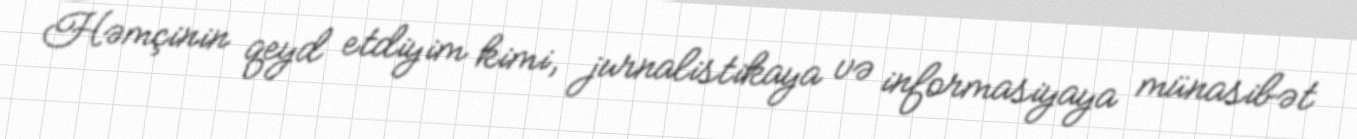
Həmçinin qeyd etdiyim kimi, jurnalistikaya və informasiyaya münasibət